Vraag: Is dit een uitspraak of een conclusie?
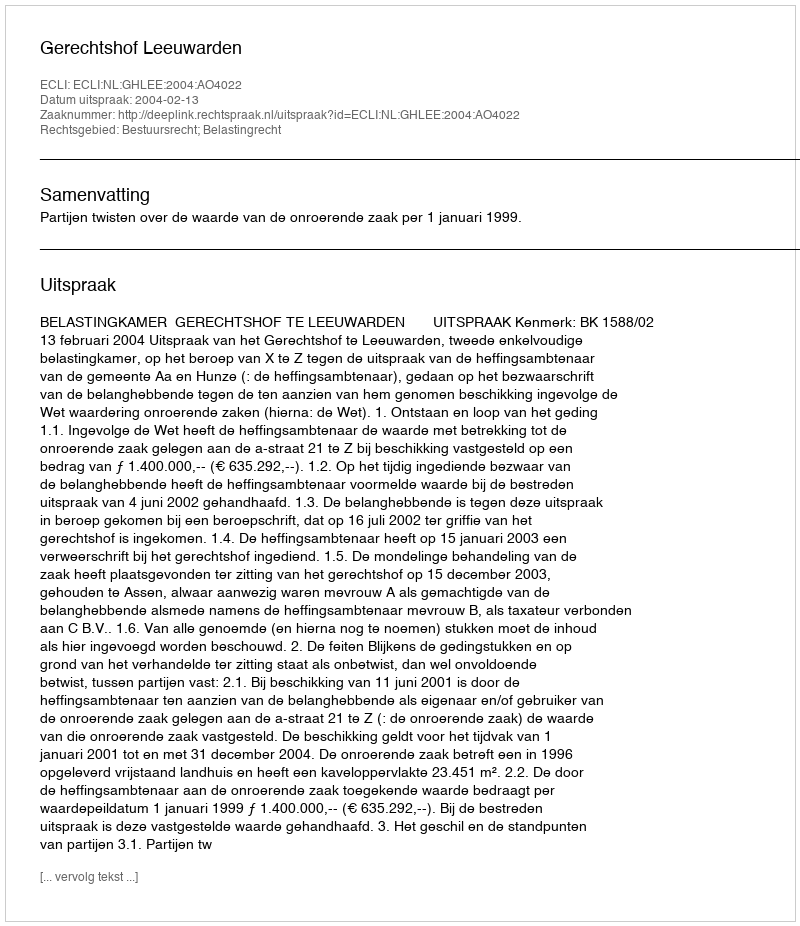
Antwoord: Uitspraak